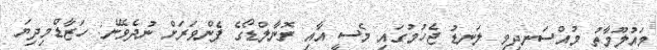
މައުލޫމާތު މުއްސަނދިވި ލަނޑު ޖެހުމުގައި މެސީ އާއި ރޮނާލްޑޯގެ ފެންވަރަށް ނުދެވޭނެ: ހަޒާޑްމިދިޔަ